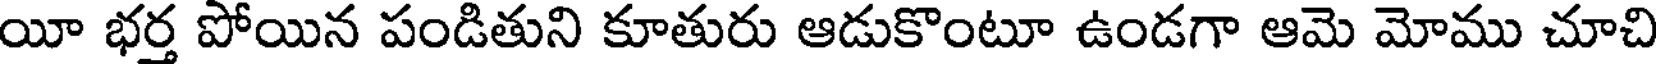
యీ భర్త పోయిన పండితుని కూతురు ఆడుకొంటూ ఉండగా ఆమె మోము చూచి